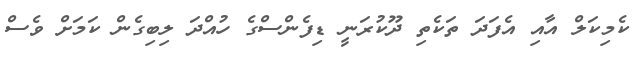
ކެމިކަލް އާއި އެފަދަ ތަކެތި ދޫކުރަނީ ޑިފެންސްގެ ހުއްދަ ލިބިގެން ކަމަށް ވެސް